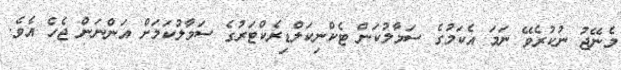
މެނޭޖު ނުކުރެވޭ ނަމަ އެކަމުގެ ސަމާލުކަން ޓެކްނިކަލްޑިރެކްޓަރުގެ ސަމާލުކަމަށް އަންނަން ޖެހެ އެވެ.